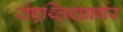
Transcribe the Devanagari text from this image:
रोएथ्लिशबर्गर